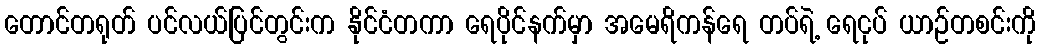
တောင်တရုတ် ပင်လယ်ပြင်တွင်းက နိုင်ငံတကာ ရေပိုင်နက်မှာ အမေရိကန်ရေ တပ်ရဲ့ ရေငုပ် ယာဉ်တစင်းကို